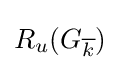
R_{u}(G_{\overline {k}})